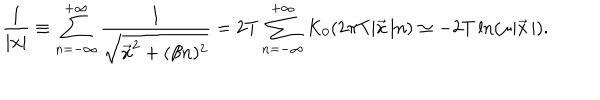
\frac { 1 } { | { \bf x } | } \equiv \sum _ { n = - \infty } ^ { + \infty } \frac { 1 } { \sqrt { \vec { x } ^ { 2 } + ( \beta n ) ^ { 2 } } } = 2 T \sum _ { n = - \infty } ^ { + \infty } K _ { 0 } ( 2 \pi T | \vec { x } { \, } | n ) \simeq - 2 T \ln ( \mu | \vec { x } { \, } | ) .